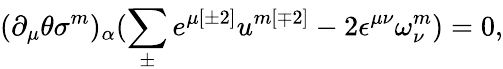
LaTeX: (\partial_{\mu}\theta\sigma^{{m}})_{\alpha}(\sum_{\pm}^{}e^{\mu{[\pm 2]}}u^{{m[\mp 2]}}-2\epsilon^{\mu\nu}\omega_{\nu}^{{m}})=0,